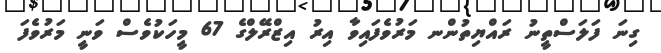
ގިނަ ފަލަސްތީނު ރައްޔިތުންނ މަރުވެފައިވާ އިރު އިޒްރޭލްގެ 67 މީހަކުވެސް ވަނީ މަރުވެފަ